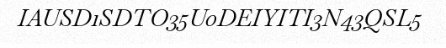
IAUSD1SDTO35U0DEIYITI3N43QSL5